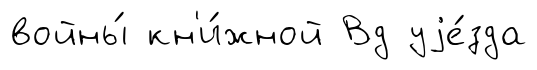
войны́ кн'и́жной Вд уjе́зда